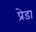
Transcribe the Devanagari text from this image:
प्रेडा